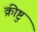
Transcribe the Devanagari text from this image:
क्रीष्टु